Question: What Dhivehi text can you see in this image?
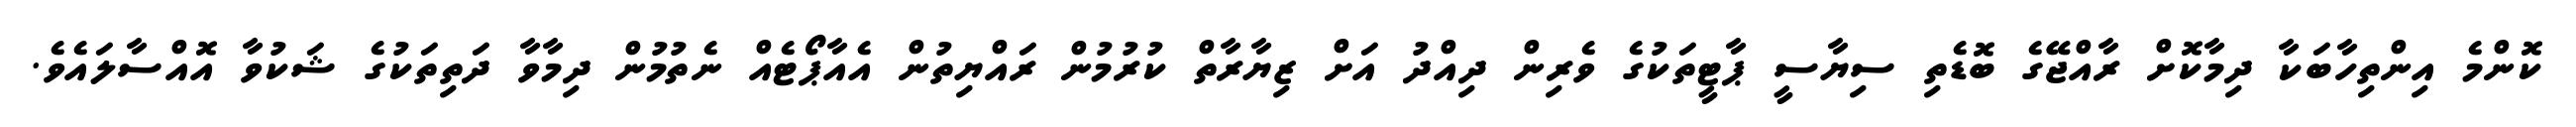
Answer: ކޮންމެ އިންތިހާބަކާ ދިމާކޮށް ރާއްޖޭގެ ބޮޑެތި ސިޔާސީ ޕާޓީތަކުގެ ވެރިން ދިއްދު އަށް ޒިޔާރާތް ކުރުމުން ރައްޔިތުން އެއާޕޯޓެއް ނެތުމުން ދިމާވާ ދަތިތަކުގެ ޝަކުވާ އޮއްސާލައެވެ.